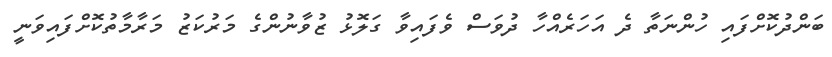
ބަންދުކޮށްފައި ހުންނަތާ ދެ އަހަރެއްހާ ދުވަސް ވެފައިވާ ގަލޮޅު ޒުވާނުންގެ މަރުކަޒު މަރާމާތުކޮށްފައިވަނީ